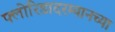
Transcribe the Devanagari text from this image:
फ्लोरिडादरम्यानच्या